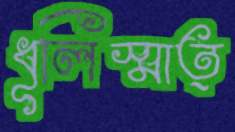
ধূলিস্মাত্